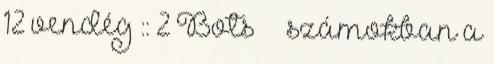
12 vendég :: 2 Bots ● ● számokban a